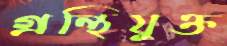
গ্রন্থিযুক্ত